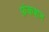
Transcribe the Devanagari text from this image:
फ़ंकशन